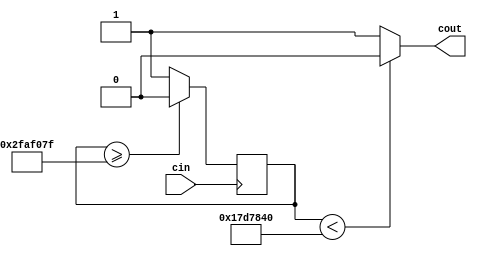
module ClockDivider(cin, cout);

// Based on code from fpga4students.com
// cin is the input clock; if from DE10-lite,
// the input clock will be at 50 MHz
// The clock divider counts 50 million cycles of the input clock
// before resetting, i.e., it ressets once per second
// The output is zero for the first half of the 50 million cycles
// and 1 for the second half, i.e., it is now a 1 Hz clock

input cin;
output cout;

reg[31:0] count = 32'd0;
parameter D = 32'd50000000;

always @(posedge cin)
begin  
    count <= 32'd1;
    if (count >= D-1)
        count <= 32'd0;
end

assign cout = (count < D/2) ? 1'b0 : 1'b1;

endmodule